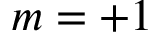
m = + 1